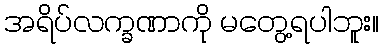
အရိပ်လက္ခဏာကို မတွေ့ရပါဘူး။